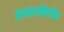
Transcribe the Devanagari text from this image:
अध्यायविरहित